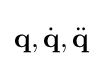
{\textbf {q}},{\dot {\textbf {q}}},{\ddot {\textbf {q}}}